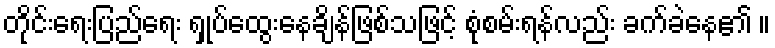
တိုင်းရေးပြည်ရေး ရှုပ်ထွေးနေချိန်ဖြစ်သဖြင့် စုံစမ်းရန်လည်း ခက်ခဲနေ၏ ။